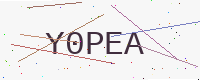
Text: Y0PEA